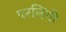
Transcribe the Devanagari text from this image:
परलिंगी